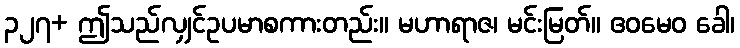
၃၂၇+ ဤသည်လျှင်ဥပမာစကားတည်း။ မဟာရာဇ၊ မင်းမြတ်။ ဧဝမေဝ ခေါ၊